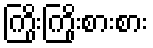
ကြိုးကြိုးစားစား